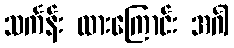
သင်္ကန်း ထားကြောင်း အင်္ဂါ